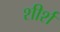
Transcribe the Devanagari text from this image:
शीर्श